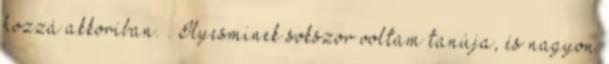
hozzá akkoriban. . Ilyesminek sokszor voltam tanúja, és nagyon